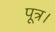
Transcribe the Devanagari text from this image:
पूत्र।